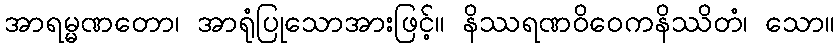
အာရမ္မဏတော၊ အာရုံပြုသောအားဖြင့်။ နိဿရဏဝိဝေကနိဿိတံ၊ သော။